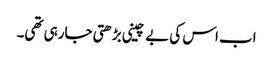
اب اس کی بے چینی بڑھتی جارہی تھی۔